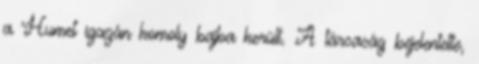
a Humet igazán komoly bajba került. A társaság bejelentette,